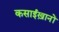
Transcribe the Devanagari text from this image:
कसाईख़ानों